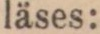
läses: